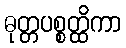
ဓုတ္တပစ္စတ္ထိကာ